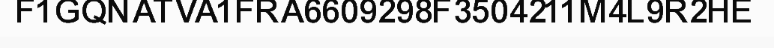
F1GQNATVA1FRA6609298F3504211M4L9R2HE